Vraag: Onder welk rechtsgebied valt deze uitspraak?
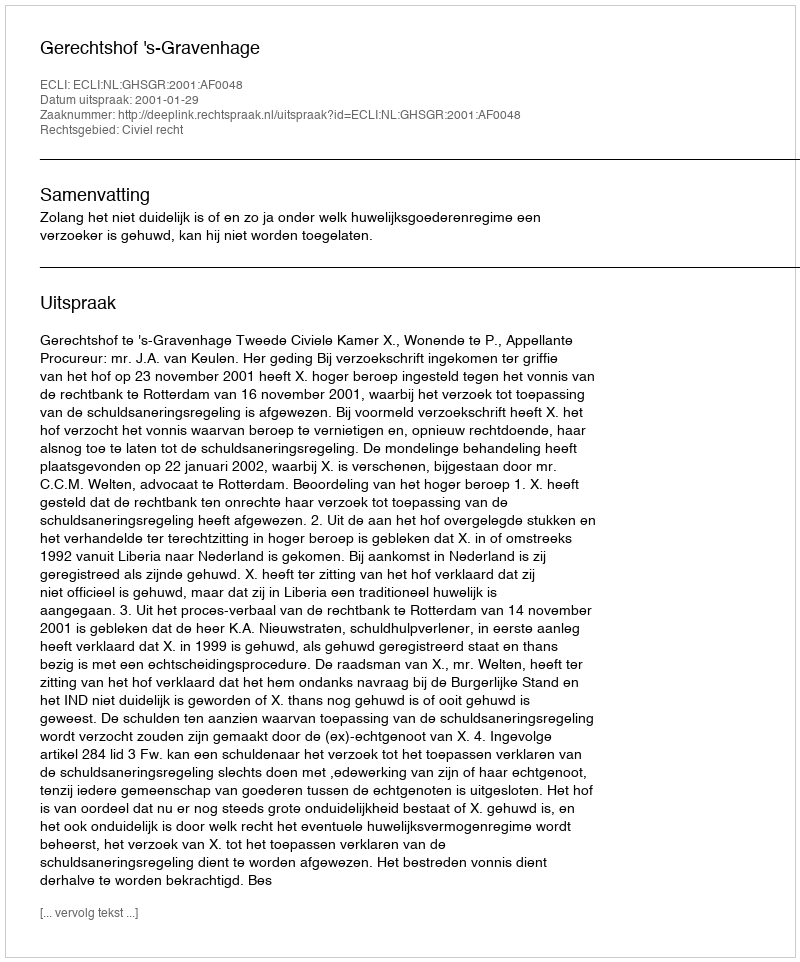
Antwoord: Civiel recht